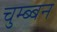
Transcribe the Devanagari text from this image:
चुम्ब्बन